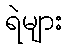
ရဲများ